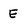
Character: E